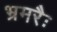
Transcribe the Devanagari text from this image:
भ्रमरैः